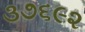
૩૭૬૯૨